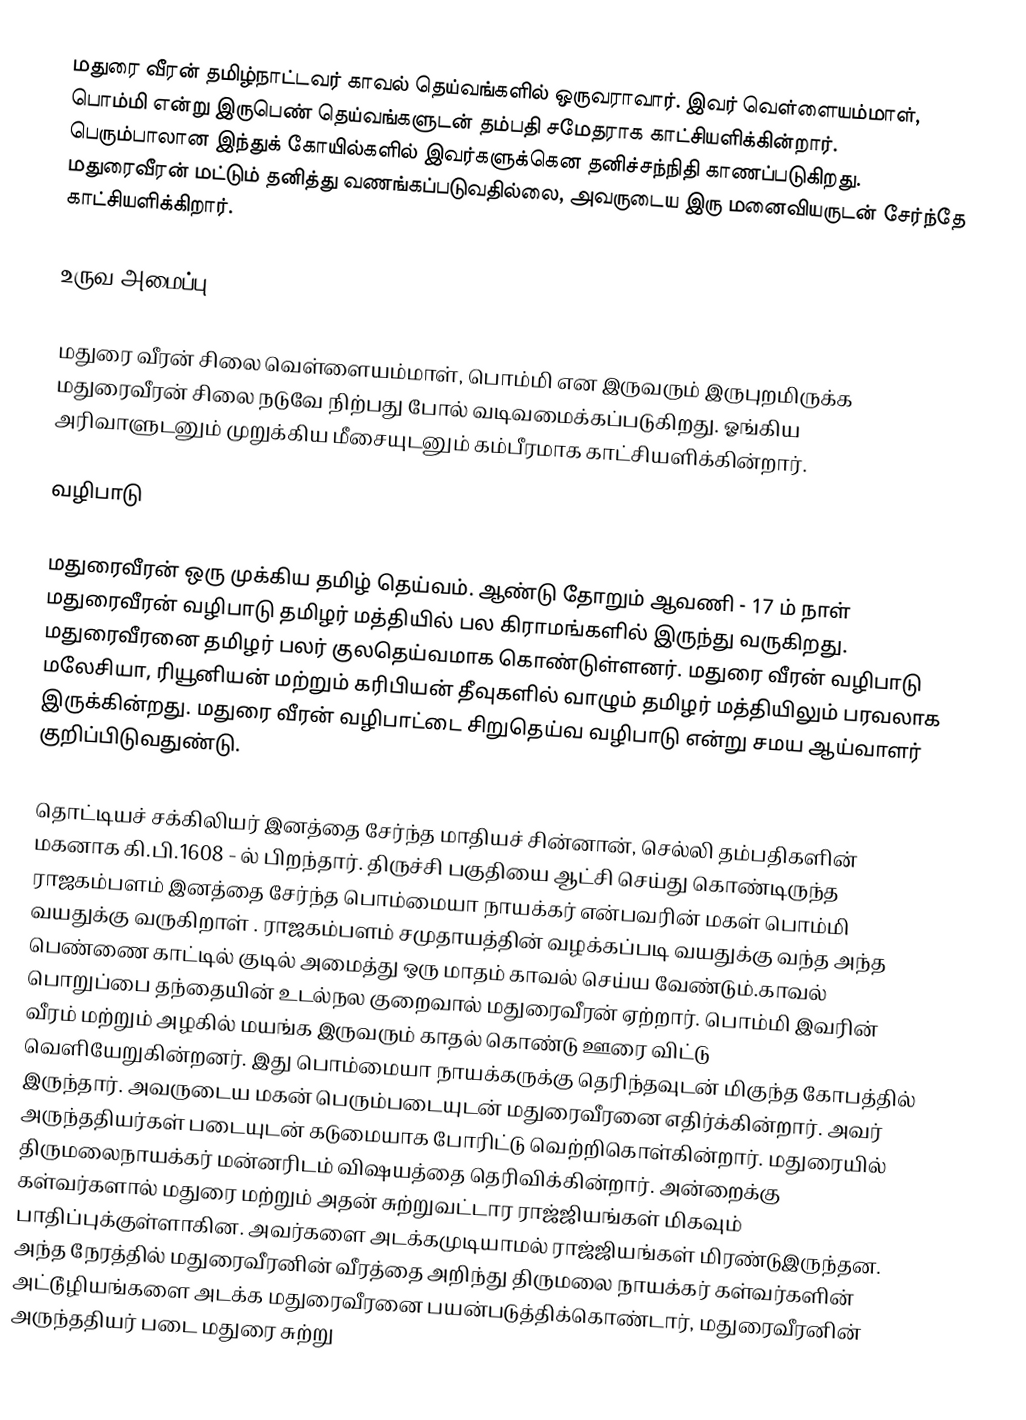
மதுரை வீரன் தமிழ்நாட்டவர் காவல் தெய்வங்களில் ஒருவராவார். இவர் வெள்ளையம்மாள், பொம்மி என்று இருபெண் தெய்வங்களுடன் தம்பதி சமேதராக காட்சியளிக்கின்றார். பெரும்பாலான இந்துக் கோயில்களில் இவர்களுக்கென தனிச்சந்நிதி காணப்படுகிறது. மதுரைவீரன் மட்டும் தனித்து வணங்கப்படுவதில்லை, அவருடைய இரு மனைவியருடன் சேர்ந்தே காட்சியளிக்கிறார்.

உருவ அமைப்பு

மதுரை வீரன் சிலை வெள்ளையம்மாள், பொம்மி என இருவரும் இருபுறமிருக்க மதுரைவீரன் சிலை நடுவே நிற்பது போல் வடிவமைக்கப்படுகிறது. ஓங்கிய அரிவாளுடனும் முறுக்கிய மீசையுடனும் கம்பீரமாக காட்சியளிக்கின்றார்.

வழிபாடு

மதுரைவீரன் ஒரு முக்கிய தமிழ் தெய்வம். ஆண்டு தோறும் ஆவணி - 17 ம் நாள் மதுரைவீரன் வழிபாடு தமிழர் மத்தியில் பல கிராமங்களில் இருந்து வருகிறது. மதுரைவீரனை தமிழர் பலர் குலதெய்வமாக கொண்டுள்ளனர். மதுரை வீரன் வழிபாடு மலேசியா, ரியூனியன் மற்றும் கரிபியன் தீவுகளில் வாழும் தமிழர் மத்தியிலும் பரவலாக இருக்கின்றது. மதுரை வீரன் வழிபாட்டை சிறுதெய்வ வழிபாடு என்று சமய ஆய்வாளர் குறிப்பிடுவதுண்டு.

தொட்டியச் சக்கிலியர் இனத்தை சேர்ந்த மாதியச் சின்னான், செல்லி  தம்பதிகளின் மகனாக கி.பி.1608 - ல் பிறந்தார். திருச்சி பகுதியை ஆட்சி செய்து கொண்டிருந்த  ராஜகம்பளம் இனத்தை சேர்ந்த பொம்மையா நாயக்கர்  என்பவரின் மகள் பொம்மி  வயதுக்கு வருகிறாள் . ராஜகம்பளம் சமுதாயத்தின் வழக்கப்படி வயதுக்கு வந்த அந்த பெண்ணை காட்டில் குடில் அமைத்து ஒரு மாதம் காவல் செய்ய வேண்டும்.காவல் பொறுப்பை தந்தையின் உடல்நல குறைவால்  மதுரைவீரன் ஏற்றார். பொம்மி இவரின் வீரம் மற்றும் அழகில் மயங்க இருவரும் காதல் கொண்டு ஊரை விட்டு வெளியேறுகின்றனர். இது பொம்மையா நாயக்கருக்கு தெரிந்தவுடன் மிகுந்த கோபத்தில் இருந்தார். அவருடைய மகன் பெரும்படையுடன் மதுரைவீரனை எதிர்க்கின்றார். அவர் அருந்ததியர்கள் படையுடன் கடுமையாக போரிட்டு வெற்றிகொள்கின்றார். மதுரையில் திருமலைநாயக்கர் மன்னரிடம் விஷயத்தை தெரிவிக்கின்றார். அன்றைக்கு கள்வர்களால் மதுரை மற்றும் அதன் சுற்றுவட்டார ராஜ்ஜியங்கள் மிகவும் பாதிப்புக்குள்ளாகின. அவர்களை அடக்கமுடியாமல் ராஜ்ஜியங்கள் மிரண்டுஇருந்தன. அந்த நேரத்தில் மதுரைவீரனின் வீரத்தை அறிந்து திருமலை நாயக்கர் கள்வர்களின்  அட்டூழியங்களை அடக்க மதுரைவீரனை பயன்படுத்திக்கொண்டார், மதுரைவீரனின் அருந்ததியர் படை மதுரை சுற்று